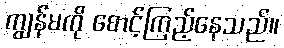
ကျွန်မကို စောင့်ကြည့်နေသည်။